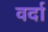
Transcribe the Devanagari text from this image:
वर्दा